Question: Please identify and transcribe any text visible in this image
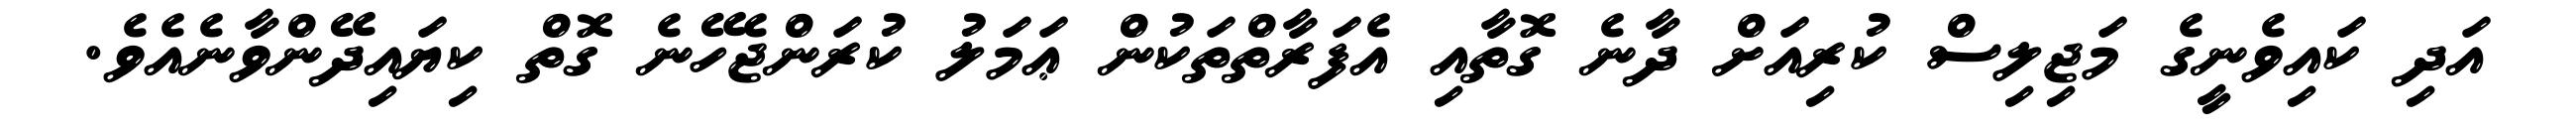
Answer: އަދި ކައިވެނީގެ މަޖިލިސް ކުރިއަށް ދާނެ ގޮތާއި އެފަރާތްތަކުން ޢަމަލު ކުރަންޖެހޭނެ ގޮތް ކިޔައިދޭންވާނެއެވެ.